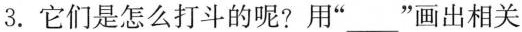
3.它们是怎么打斗的呢?用“___”画出相关